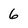
Character: 6